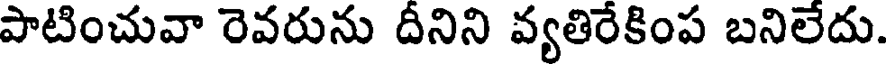
పాటించువా రెవరును దీనిని వ్యతిరేకింప బనిలేదు.